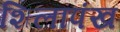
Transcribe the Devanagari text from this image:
शिलापंख